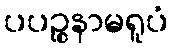
ပပဉ္စနာမရူပံ